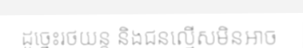
ដូច្នេះរថយន្ត និងជនល្មើសមិនអាច